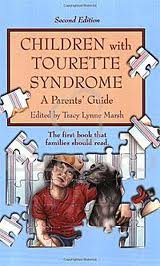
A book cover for Children with Tourette Syndrome 2nd (second) edition Text Only; Tracy Lynne Marsh; Health, Fitness & Dieting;